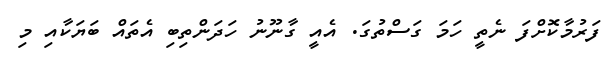
ފަރުމާކޮށްފަ ނެތީ ހަމަ ގަސްތުގަ. އެެއީ ގާނޫނު ހަދަންތިބިި އެތައް ބަޔަކާއި މި